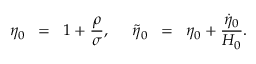
\eta _ { 0 } \; \; = \; \; 1 + \frac { \rho } { \sigma } , \; \; \; \; \; \tilde { \eta } _ { 0 } \; \; = \; \; \eta _ { 0 } + \frac { \dot { \eta } _ { 0 } } { H _ { 0 } } .